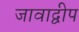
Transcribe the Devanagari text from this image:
जावाद्वीप